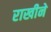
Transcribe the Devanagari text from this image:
राखीने